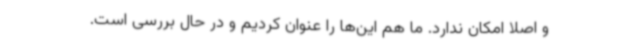
و اصلا امکان ندارد. ما هم این‌ها را عنوان کردیم و در حال بررسی است.